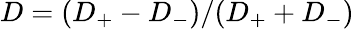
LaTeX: D=(D_{+}-D_{-})/(D_{+}+D_{-})